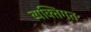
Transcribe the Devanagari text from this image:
व्यक्‍तिगत